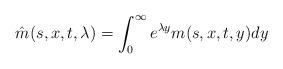
LaTeX: \begin{align*}\hat{m}(s,x,t,\lambda)=\int_{0}^{\infty} e^{\lambda y}m(s,x,t,y)dy\end{align*}